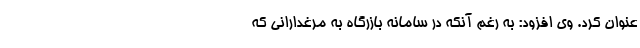
عنوان کرد. وی افزود: به رغم آنکه در سامانه بازرگاه به مرغدارانی که